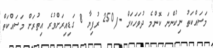
މަސައްކަތު ނިކުންނަ ކޮންމެ ދުވަހަކަށް -/250 ރުފިޔާ 8 ގަޑިއިރަށްވުރެ އިތުރަށް މަސައްކަތް